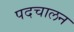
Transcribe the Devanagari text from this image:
पदचालन